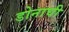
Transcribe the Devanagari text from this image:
डोनाघी